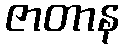
ဇာတာန